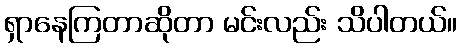
ရှာနေကြတာဆိုတာ မင်းလည်း သိပါတယ်။